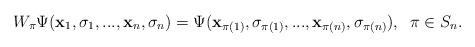
LaTeX: \begin{align*}W_\pi\Psi({\bf x}_1,\sigma_1,...,{\bf x}_n,\sigma_n)=\Psi({\bf x}_{\pi (1)},\sigma_{\pi (1)},...,{\bf x}_{\pi (n)},\sigma_{\pi (n)}), \;\;\pi\in S_n.\end{align*}